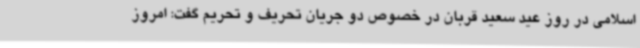
اسلامی در روز عید سعید قربان در خصوص دو جریان تحریف و تحریم گفت: امروز